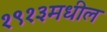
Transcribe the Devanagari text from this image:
१९१३मधील